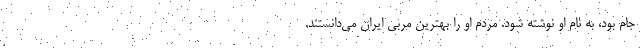
جام بود، به نام او نوشته شود. مردم او را بهترین مربی ایران می‌دانستند.